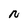
Character: N